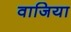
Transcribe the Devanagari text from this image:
वाजिया